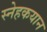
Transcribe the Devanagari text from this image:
स्नेहकयान